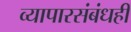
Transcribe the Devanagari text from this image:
व्यापारसंबंधही